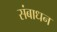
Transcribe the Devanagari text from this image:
संबाधन